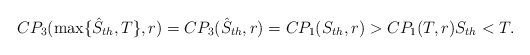
\begin{align*}CP_3(\max\{\hat{S}_{th},T\},r)=CP_3(\hat{S}_{th},r)=CP_1(S_{th},r)>CP_1(T,r) S_{th} < T.\end{align*}